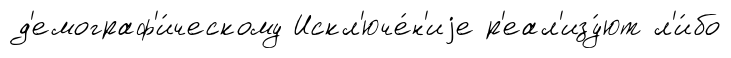
д'емограф'и́ческому Искл'юче́н'иjе р'еал'изу́ют л'и́бо